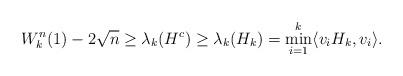
LaTeX: \begin{align*}W_k^n(1)-2\sqrt{n}\ge\lambda_k(H^c)\ge \lambda_k(H_k)= \min_{i=1}^k \langle v_i H_k ,v_i\rangle.\end{align*}